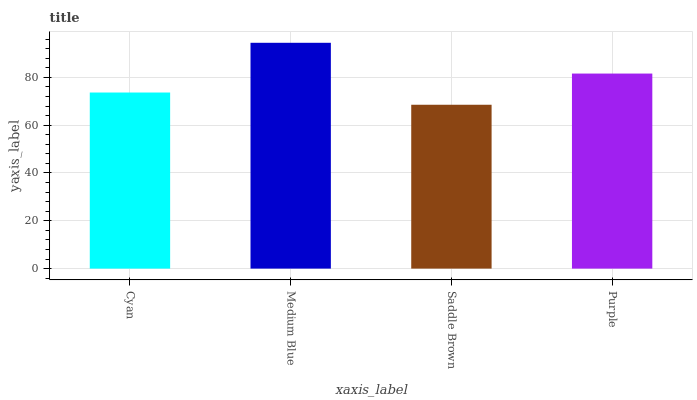
| xaxis_label | bars |
 | --- | --- |
 | Cyan | 73.7 |
 | Medium Blue | 94.4 |
 | Saddle Brown | 68.5 |
 | Purple | 81.6 |